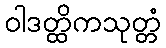
ဝါဒတ္ထိကသုတ္တံ